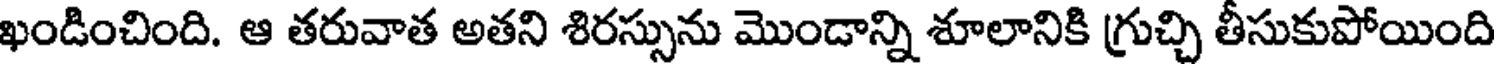
ఖండించింది. ఆ తరువాత అతని శిరస్సును మొండాన్ని శూలానికి గ్రుచ్చి తీసుకుపోయింది